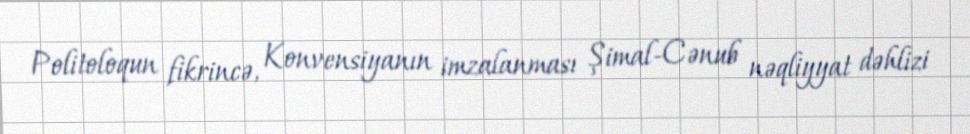
Politoloqun fikrincə, Konvensiyanın imzalanması Şimal-Cənub nəqliyyat dəhlizi